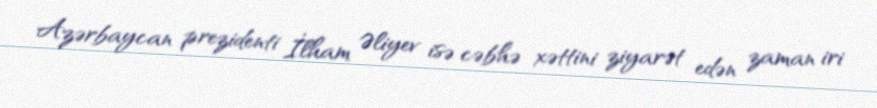
Azərbaycan prezidenti İlham Əliyev isə cəbhə xəttini ziyarət edən zaman iri